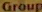
Group